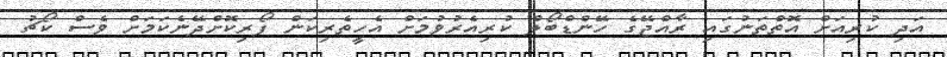
އަދި ކުރިއަށް އޮތްތަނުގައި ރާއްޖޭގެ ހޭންޑްބޯލް ކުރިއެރުވުމަށް އެހީތެރިކަން ފޯރިކޮށްދޭނެކަމަށް ވެސް ކޯޗު